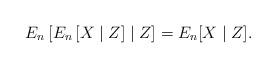
LaTeX: \begin{align*} E_n\left[ E_n\left[ X \mid Z \right] \mid Z \right] = E_n[X \mid Z]. \end{align*}